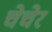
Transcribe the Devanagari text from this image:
चेचेर